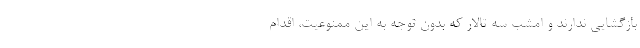
بازگشایی ندارند و امشب سه تالار که بدون توجه به این ممنوعیت، اقدام